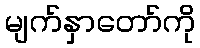
မျက်နှာတော်ကို